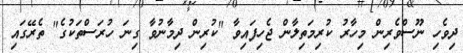
ދިވެހި ނޫސްވެރިން މިހާރު ކުރިމަތިލާން ޖެހިފައިވާ "ކުރިން ދިމާނުވާ ގިނަ ހުރަސްތަކުގެ" ތެރޭގައި